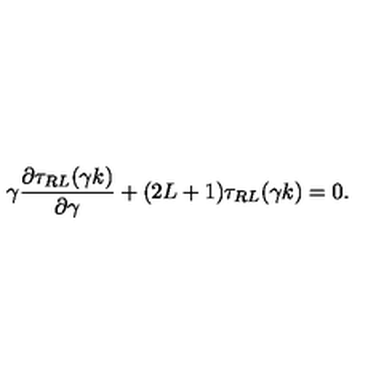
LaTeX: \gamma \frac { { \partial } \tau _ { R L } ( \gamma k ) } { { \partial } \gamma } + ( 2 L + 1 ) \tau _ { R L } ( \gamma k ) = 0 .